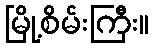
မြို့စိမ်းကြီး။